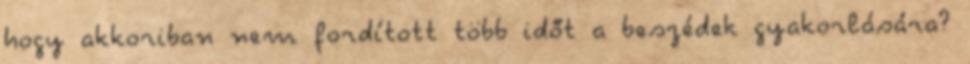
hogy akkoriban nem fordított több időt a beszédek gyakorlására?